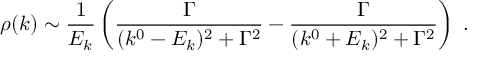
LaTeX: \rho ( k ) \sim { \frac { 1 } { E _ { k } } } \left( { \frac { \Gamma } { ( k ^ { 0 } - E _ { k } ) ^ { 2 } + \Gamma ^ { 2 } } } - { \frac { \Gamma } { ( k ^ { 0 } + E _ { k } ) ^ { 2 } + \Gamma ^ { 2 } } } \right) \; .